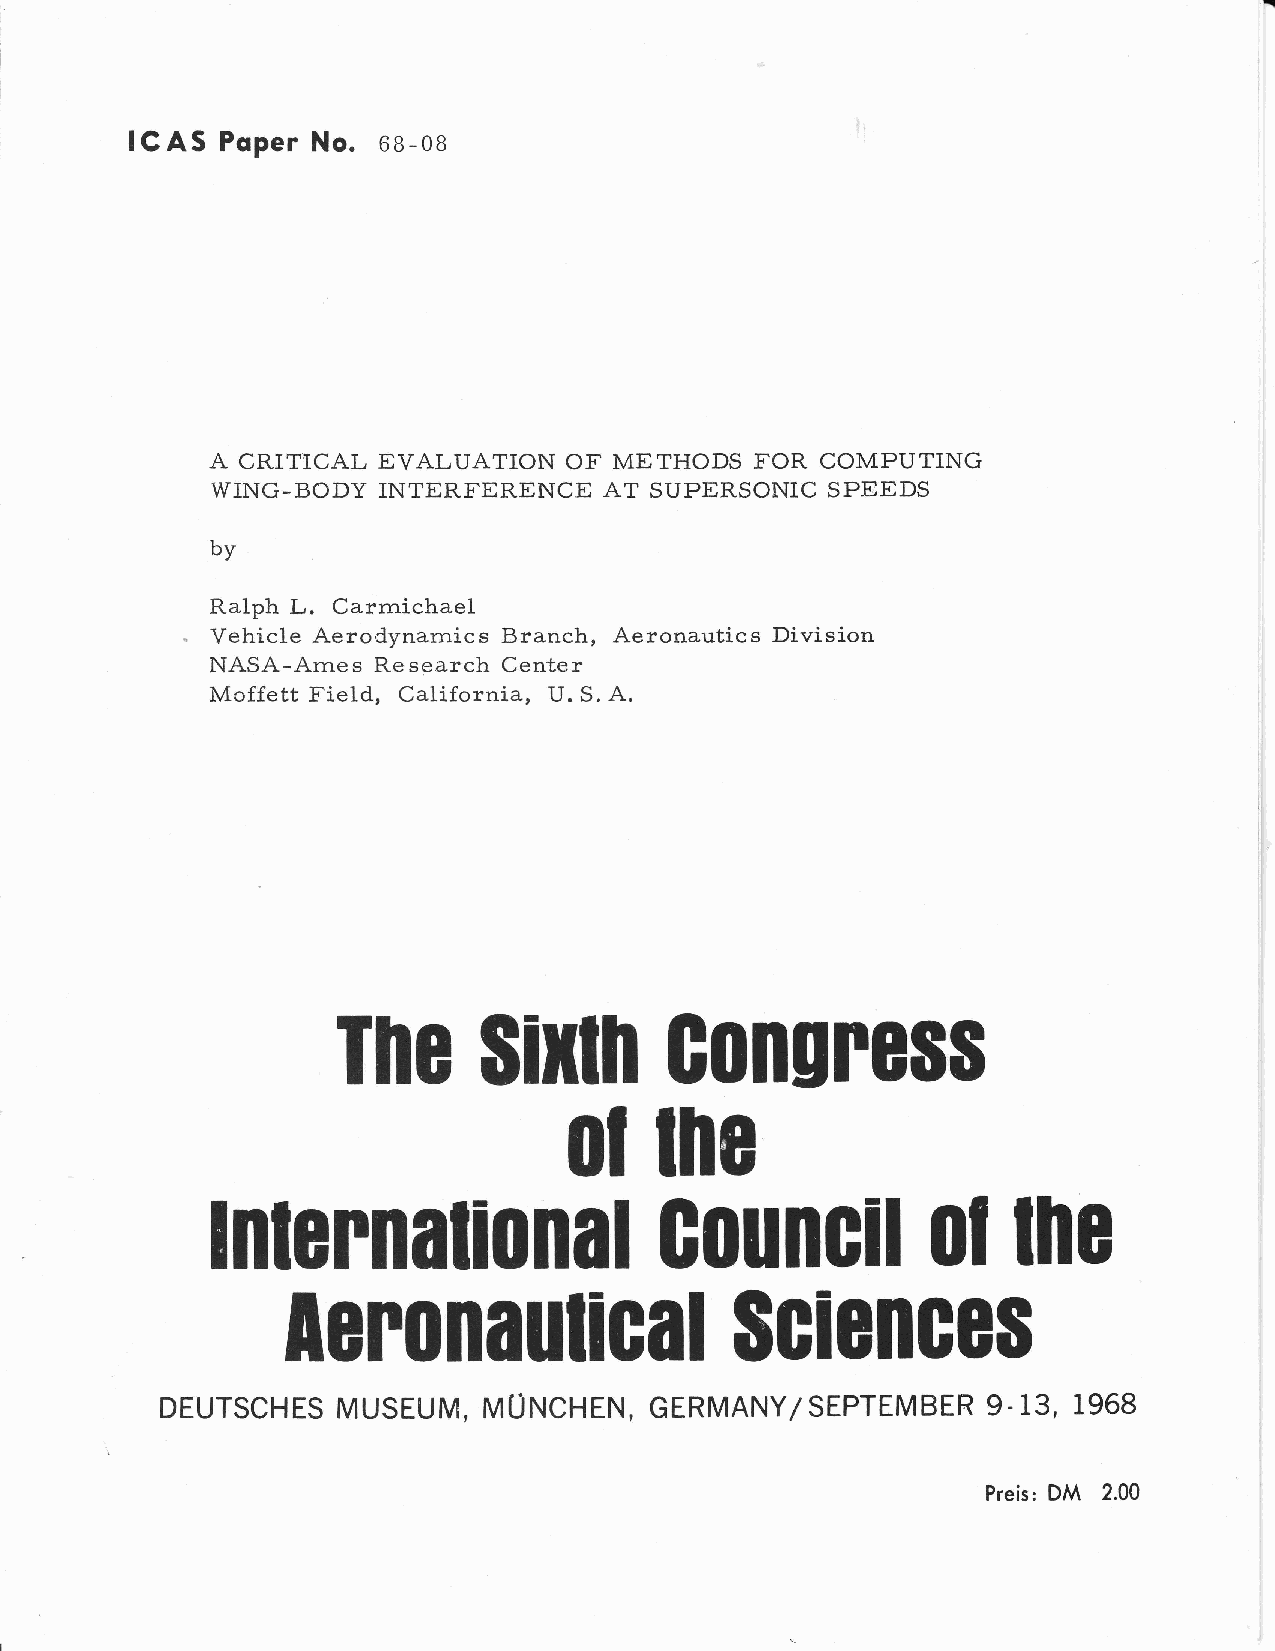
-
 I C AS Poper No. 6B-OB
 A CRITICAL EVALUATION  OF  METHODS  FOR COMPUT]NG
 WING-BODY  INTERT'ERENCE  AT SUPERSONIC  SPEEDS
 by
 Ralph L. Carrnichael
 Vehicle Aerodynarnic s Branch, Aeronautic s Division
 NASA-Arne s Re search Center
 Moffett Field, California, U. S. A.
 Ihc
 $ilrln      congrGss
 0l
 m8
 lnlennalional                 G0uncil           0l   mE
 lcn0nauliGal
 $ciGnGG$
 DEUTSCHES  MUSEUM,   MUNCHEN,   GERMANY/SEPTEMBER     9.13, 1968
 DM
 Preis:  2.00